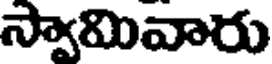
స్వామివారు